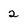
Character: 2